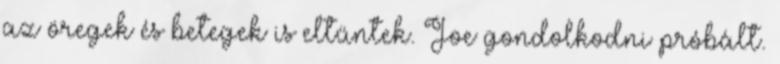
az öregek és betegek is eltűntek. Joe gondolkodni próbált.